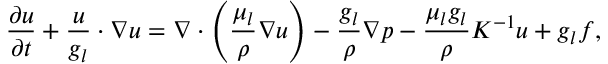
\frac { \partial \boldsymbol { u } } { \partial t } + \frac { \boldsymbol { u } } { g _ { l } } \cdot \nabla \boldsymbol { u } = \nabla \cdot \left( \frac { \mu _ { l } } { \rho } \nabla \boldsymbol { u } \right) - \frac { g _ { l } } { \rho } \nabla p - \frac { \mu _ { l } g _ { l } } { \rho } K ^ { - 1 } \boldsymbol { u } + g _ { l } \boldsymbol { f } ,